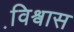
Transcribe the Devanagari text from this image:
वि़श्वास